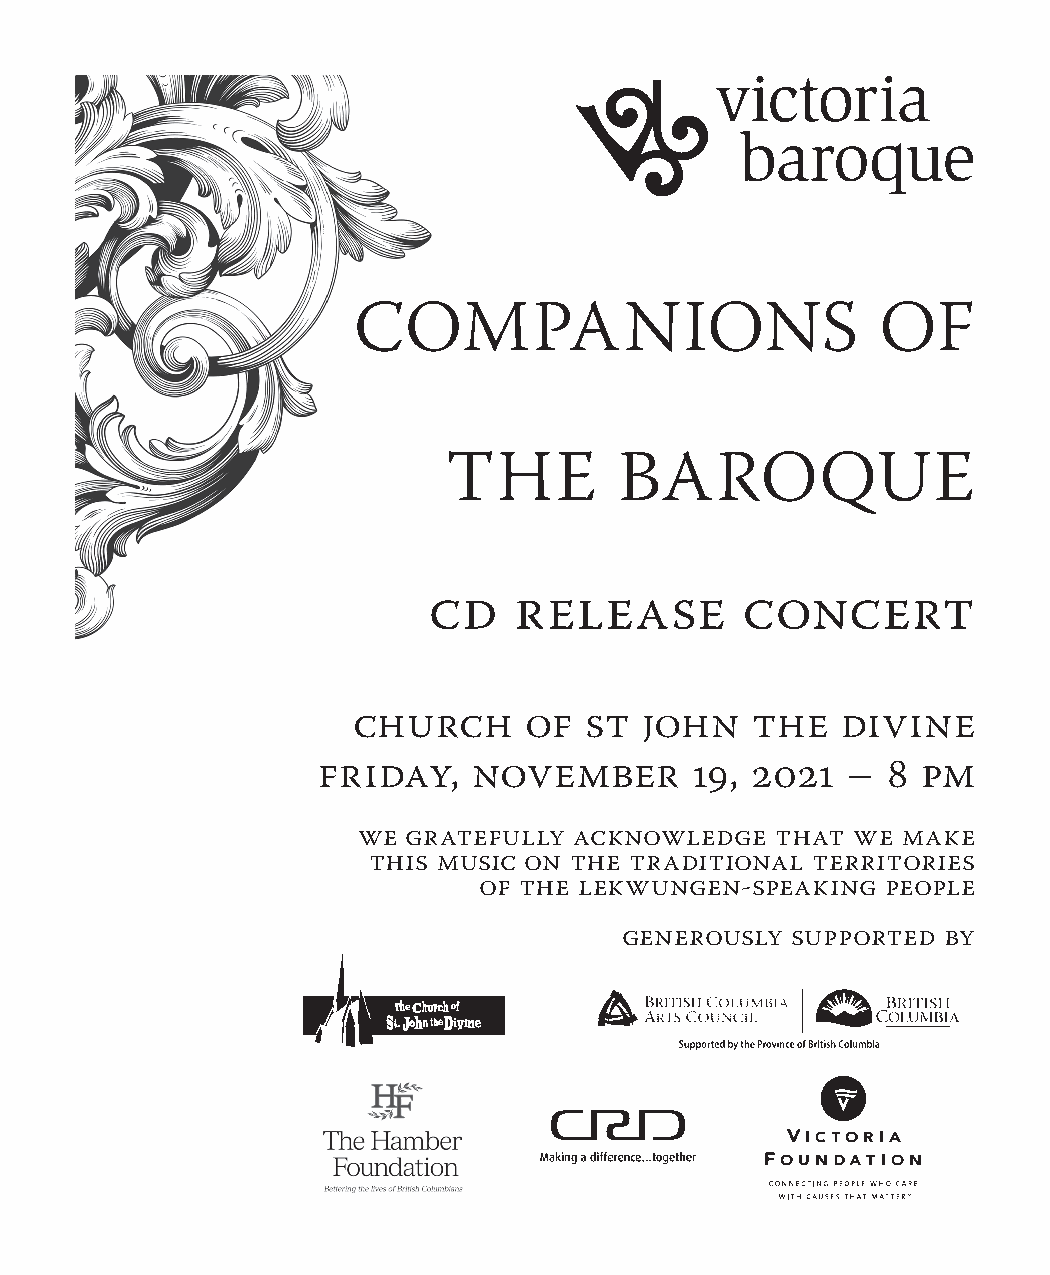
COMPANIONS                         OF
 THE        BAROQUE
 CD    Release        concert
 Church      of  St  John   the   Divine
 Friday,   November       19, 2021  –  8 pm
 We gratefully acknowledge  that  we make
 this music on the traditional territories
 of the Lekwungen-speaking  people
 generously Supported  by